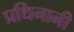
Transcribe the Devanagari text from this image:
प्रथिनानी